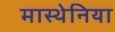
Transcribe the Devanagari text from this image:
मास्थेनिया